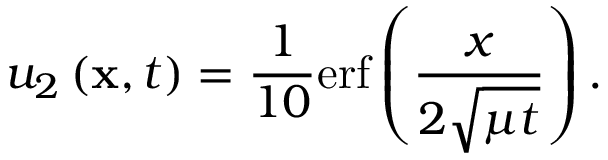
u _ { 2 } \left( \mathbf { x } , t \right) = \frac { 1 } { 1 0 } \mathrm { e r f } \left( \frac { x } { 2 \sqrt { \mu t } } \right) .